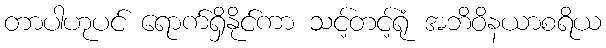
တာပါဟုပင် ရောက်ရှိနိုင်ကာ သင့်တင့်ရုံ အဘိဝိနယာစရိယ